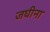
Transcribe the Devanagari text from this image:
जघीना